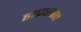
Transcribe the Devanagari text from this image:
हाप्रस्ताव